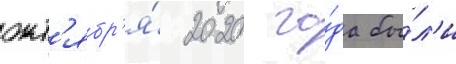
окт'ябр'я́ 2020 го́да бы́л'и